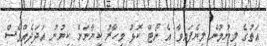
އަތުގެ ލިޔުމުން ލިޔެފައިވާ އެ ނޯޓް ކޮޅު މިހާރު ކިޔާނަށް ކިޔުނު އަދަދެއްވެސް